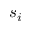
s _ { i }